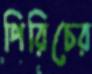
পিরিচের